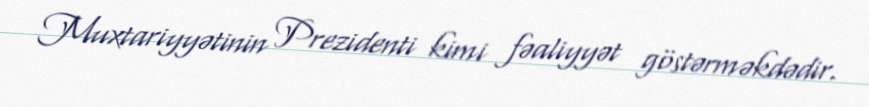
Muxtariyyətinin Prezidenti kimi fəaliyyət göstərməkdədir.